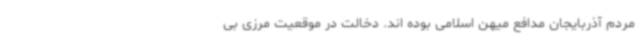
مردم آذربایجان مدافع میهن اسلامی بوده اند. دخالت در موقعیت مرزی بی